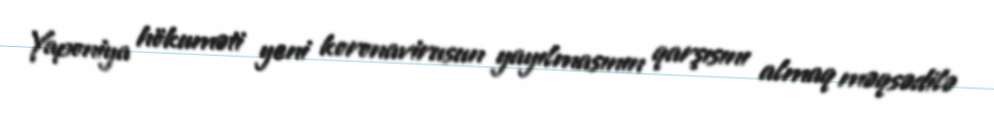
Yaponiya hökuməti yeni koronavirusun yayılmasının qarşısını almaq məqsədilə